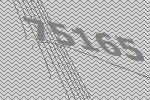
75165